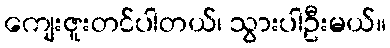
ကျေးဇူးတင်ပါတယ်၊ သွားပါဦးမယ်။